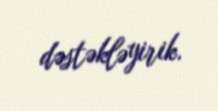
dəstəkləyirik.